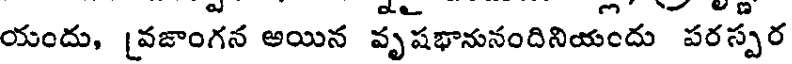
యందు, [వజాంగన అయిన వృషభానునందినియందు పరస్పర